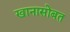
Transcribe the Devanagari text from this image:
खानासोबत